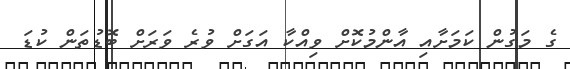
ގެ މަގުން ކަމަށާއި އާންމުކޮށް ވިއްކާ އަގަށް ވުރެ ވަރަށް ބޮޑުތަން ކުޑަ